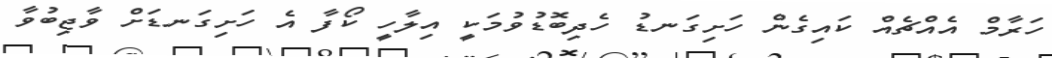
ހަރާމް އެއްޗެއް ކައިގެން ހަށިގަނޑު ހެދިބޮޑުވުމަކީ އިލާހީ ކޯފާ އެ ހަށިގަނޑަށް ވާޖިބުވާ